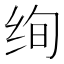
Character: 绚